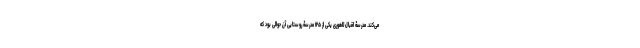
می‌کند. مدرسۀ اقبال لاهوری یکی از ۱۲۵ مدرسۀ روستایی آن حوالی بود که